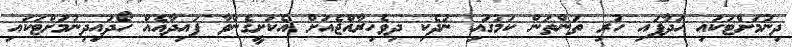
ދިނުމަށްޓަކައި ހަދާފައި ހުރި ތަންތަން ކަމުގައި ނުދެކި ދިވެހިރާއްޖެއަށް އެކަށީގެންވާ ފައިދާއެއް ހޯދައިދިނުމަށްޓަކައި